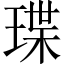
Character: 㻡